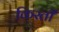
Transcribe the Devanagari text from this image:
किस्‍ती